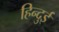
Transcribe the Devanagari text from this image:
हिन्दुई